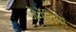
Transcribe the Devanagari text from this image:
जेर्मेनिया